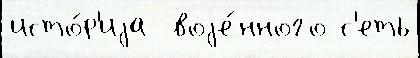
исто́р'иjа  воjе́нного с'еть